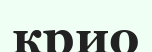
крио